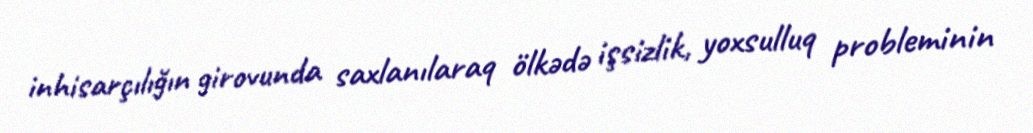
inhisarçılığın girovunda saxlanılaraq ölkədə işsizlik, yoxsulluq probleminin